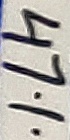
Text: 47%